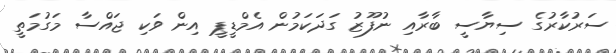
ސަރުކާރުގެ ސިޔާސީ ބާރާއި ނުފޫޒު ގަދަކަމުން އެމްޑީޕީ އިން ވަކި ޖައްސާ މަގުމަތީ